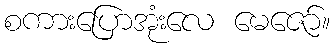
စကားပြောအုံးလေ မေဇော်။